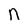
Character: n